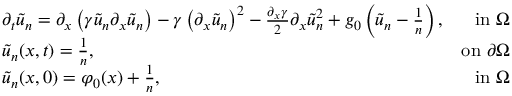
\begin{array} { r l r } & { \partial _ { t } \tilde { u } _ { n } = \partial _ { x } \left( \gamma \tilde { u } _ { n } \partial _ { x } \tilde { u } _ { n } \right) - \gamma \left( \partial _ { x } \tilde { u } _ { n } \right) ^ { 2 } - \frac { \partial _ { x } \gamma } { 2 } \partial _ { x } \tilde { u } _ { n } ^ { 2 } + g _ { 0 } \left( \tilde { u } _ { n } - \frac { 1 } { n } \right) , } & { \mathrm { i n ~ } \Omega } \\ & { \tilde { u } _ { n } ( x , t ) = \frac { 1 } { n } , } & { \mathrm { o n ~ } \partial \Omega } \\ & { \tilde { u } _ { n } ( x , 0 ) = \varphi _ { 0 } ( x ) + \frac { 1 } { n } , } & { \mathrm { i n ~ } \Omega } \end{array}